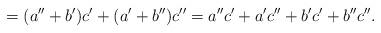
LaTeX: \begin{align*}= (a'' + b') c' + (a' + b'') c'' = a'' c' + a' c'' + b' c' + b'' c''.\end{align*}